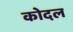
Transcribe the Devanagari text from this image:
कोदल